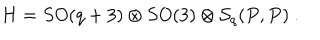
H = S O ( q + 3 ) \otimes S O ( 3 ) \otimes { \cal S } _ { q } ( P , \dot { P } ) \ .